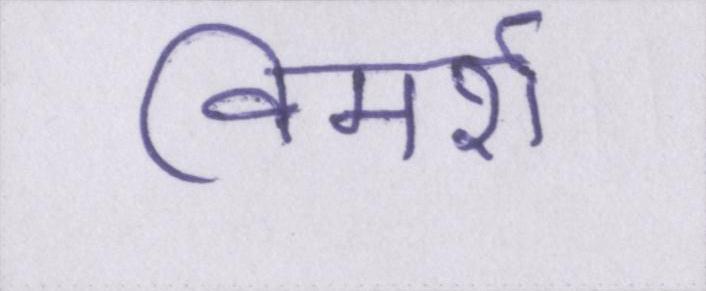
विमर्श